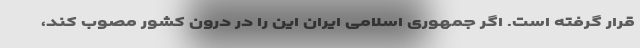
قرار گرفته است. اگر جمهوری اسلامی ایران این را در درون کشور مصوب کند،